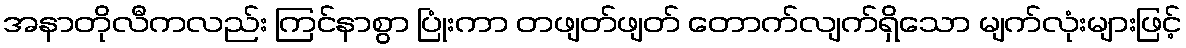
အနာတိုလီကလည်း ကြင်နာစွာ ပြုံးကာ တဖျတ်ဖျတ် တောက်လျက်ရှိသော မျက်လုံးများဖြင့်